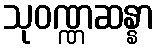
သုဝဏ္ဏဆန္နာ